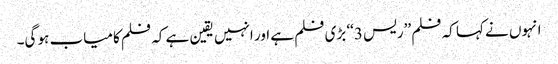
انہوں نے کہا کہ فلم ’’ریس 3‘‘ بڑی فلم ہے اور انہیں یقین ہے کہ فلم کامیاب ہو گی۔